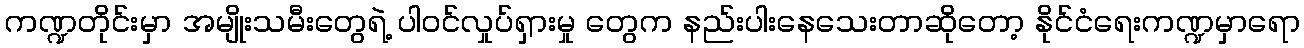
ကဏ္ဍတိုင်းမှာ အမျိုးသမီးတွေရဲ့ ပါဝင်လှုပ်ရှားမှု တွေက နည်းပါးနေသေးတာဆိုတော့ နိုင်ငံရေးကဏ္ဍမှာရော